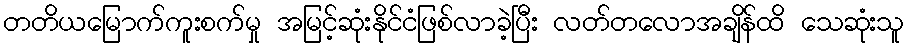
တတိယမြောက်ကူးစက်မှု အမြင့်ဆုံးနိုင်ငံဖြစ်လာခဲ့ပြီး လတ်တလောအချိန်ထိ သေဆုံးသူ